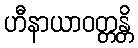
ဟီနာယာဝတ္တန္တိ